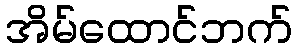
အိမ်ထောင်ဘက်